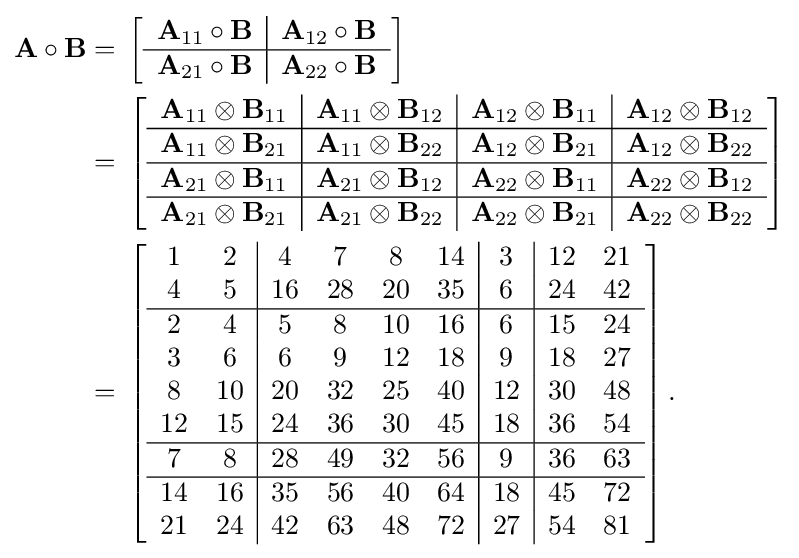
{\begin{aligned}\mathbf {A} \circ \mathbf {B} ={}&\left[{\begin{array}{c | c}\mathbf {A} _{11}\circ \mathbf {B} &\mathbf {A} _{12}\circ \mathbf {B} \\\hline \mathbf {A} _{21}\circ \mathbf {B} &\mathbf {A} _{22}\circ \mathbf {B} \end{array}}\right]\\={}&\left[{\begin{array}{c | c | c | c}\mathbf {A} _{11}\otimes \mathbf {B} _{11}&\mathbf {A} _{11}\otimes \mathbf {B} _{12}&\mathbf {A} _{12}\otimes \mathbf {B} _{11}&\mathbf {A} _{12}\otimes \mathbf {B} _{12}\\\hline \mathbf {A} _{11}\otimes \mathbf {B} _{21}&\mathbf {A} _{11}\otimes \mathbf {B} _{22}&\mathbf {A} _{12}\otimes \mathbf {B} _{21}&\mathbf {A} _{12}\otimes \mathbf {B} _{22}\\\hline \mathbf {A} _{21}\otimes \mathbf {B} _{11}&\mathbf {A} _{21}\otimes \mathbf {B} _{12}&\mathbf {A} _{22}\otimes \mathbf {B} _{11}&\mathbf {A} _{22}\otimes \mathbf {B} _{12}\\\hline \mathbf {A} _{21}\otimes \mathbf {B} _{21}&\mathbf {A} _{21}\otimes \mathbf {B} _{22}&\mathbf {A} _{22}\otimes \mathbf {B} _{21}&\mathbf {A} _{22}\otimes \mathbf {B} _{22}\end{array}}\right]\\={}&\left[{\begin{array}{c c | c c c c | c | c c}1&2&4&7&8&14&3&12&21\\4&5&16&28&20&35&6&24&42\\\hline 2&4&5&8&10&16&6&15&24\\3&6&6&9&12&18&9&18&27\\8&10&20&32&25&40&12&30&48\\12&15&24&36&30&45&18&36&54\\\hline 7&8&28&49&32&56&9&36&63\\\hline 14&16&35&56&40&64&18&45&72\\21&24&42&63&48&72&27&54&81\end{array}}\right].\end{aligned}}